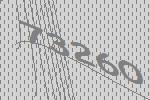
73260